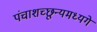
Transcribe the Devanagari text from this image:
पंचाशच्छून्यमध्यगे